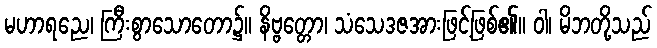
မဟာရညေ၊ ကြီးစွာသောတော၌။ နိဗ္ဗတ္တော၊ သံသေဒဇအားဖြင့်ဖြစ်၏။ ဝါ၊ မိဘတို့သည်